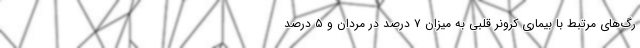
رگ‌های مرتبط با بیماری کرونر قلبی به میزان ۷ درصد در مردان و ۵ درصد